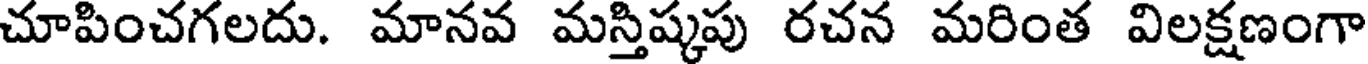
చూపించగలదు. మానవ మస్తిష్కపు రచన మరింత విలక్షణంగా